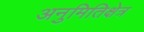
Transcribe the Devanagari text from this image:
अनुमितिक्षेत्र